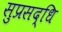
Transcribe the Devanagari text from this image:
सुप्रसद्धि